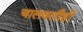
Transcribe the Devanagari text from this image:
चालवलीही